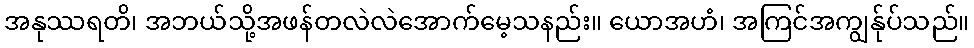
အနုဿရတိ၊ အဘယ်သို့အဖန်တလဲလဲအောက်မေ့သနည်း။ ယောအဟံ၊ အကြင်အကျွန်ုပ်သည်။